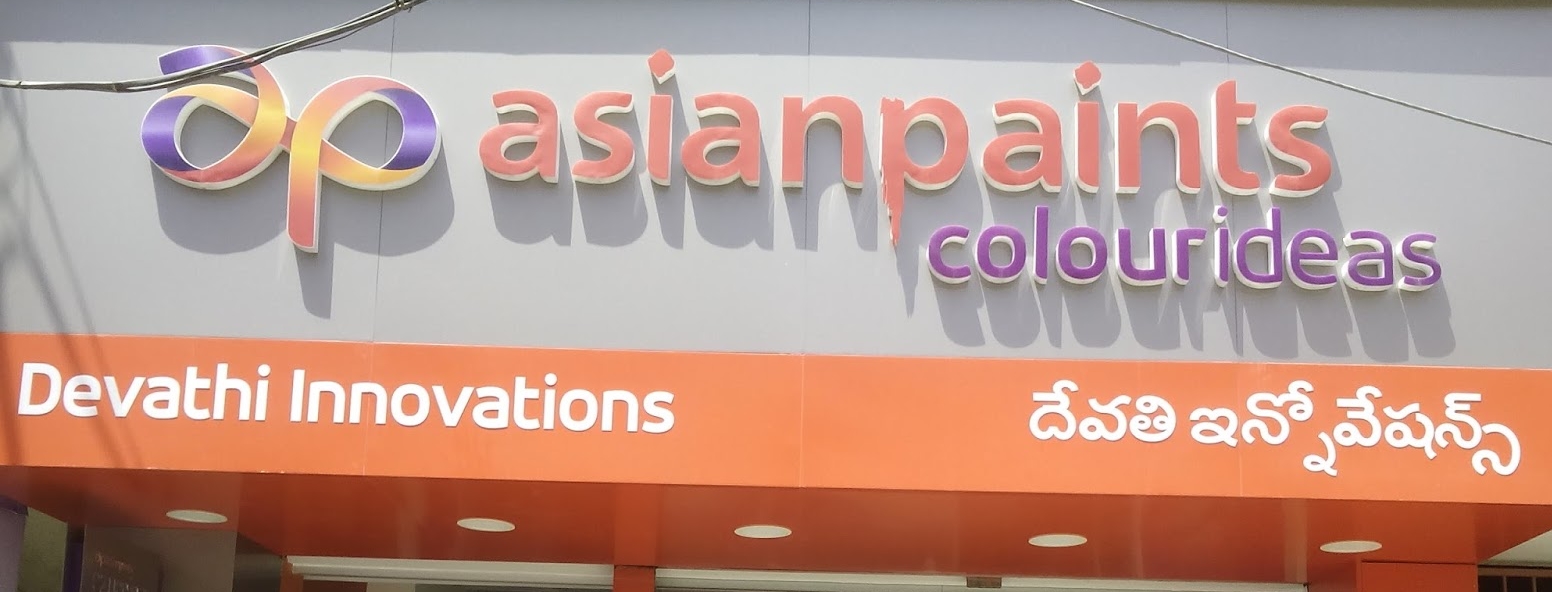
Language: telugu
Transcription: ఇన్నోవేషన్స్ దేవతి